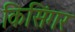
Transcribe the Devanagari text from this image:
किसिंगर